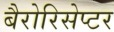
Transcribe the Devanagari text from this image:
बैरोरिसेप्टर